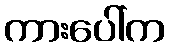
ကားပေါ်က